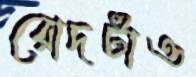
রোদটাও